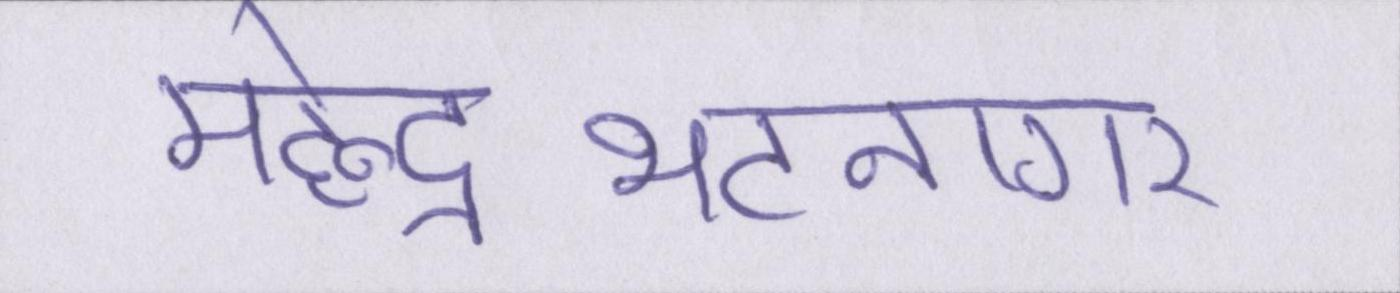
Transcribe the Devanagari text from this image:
महेन्द्रभटनागर